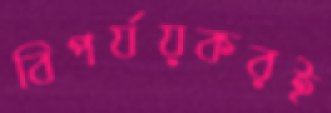
বিপর্যয়করই